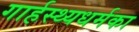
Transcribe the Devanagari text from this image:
गार्हस्थ्यधर्मका